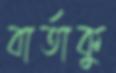
বার্তাকু